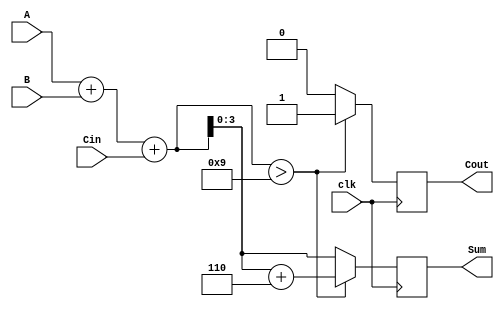
module BCD_Synchronous_Adder (
    input wire [3:0] A,      // First BCD digit
    input wire [3:0] B,      // Second BCD digit
    input wire Cin,          // Carry-in
    input wire clk,          // Clock signal
    output reg [3:0] Sum,    // BCD Sum output
    output reg Cout          // Carry out
);

// Intermediate signal for the binary sum
reg [4:0] S;               // Sum including carry out

always @(posedge clk) begin
    // Step 1: Add A, B, and Cin
    S = A + B + Cin;
    
    // Step 2: BCD Correction
    if (S > 9) begin
        S = S + 6;          // Correction for BCD
        Cout = 1;          // Set carry out
    end else begin
        Cout = 0;          // No carry out
    end
    
    // Step 3: Assign the final BCD result
    Sum = S[3:0];          // Assign the lower 4 bits to Sum
end

endmodule